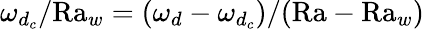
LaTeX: \omega_{d_{c}}/\textrm{Ra}_{w}=(\omega_{d}-\omega_{d_{c}})/(\textrm{Ra}-\textrm{Ra}_{w})